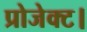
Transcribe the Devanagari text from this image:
प्रोजेक्ट।